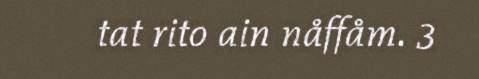
tat rito ain nåffåm. 3